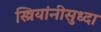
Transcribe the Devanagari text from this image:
स्त्रियांनीसुध्दा